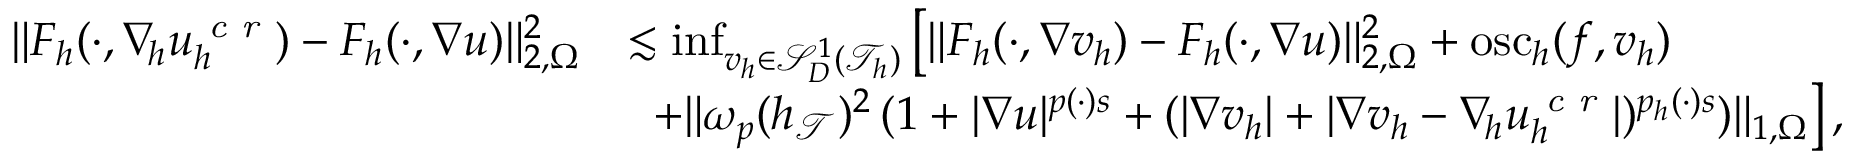
\begin{array} { r } { \begin{array} { r l } { \| F _ { h } ( \cdot , \nabla _ { \! h } u _ { h } ^ { \textit { c r } } ) - F _ { h } ( \cdot , \nabla u ) \| _ { 2 , \Omega } ^ { 2 } } & { \lesssim \operatorname* { i n f } _ { v _ { h } \in \mathcal { S } _ { D } ^ { 1 } ( \mathcal { T } _ { h } ) } { \big [ \| F _ { h } ( \cdot , \nabla v _ { h } ) - F _ { h } ( \cdot , \nabla u ) \| _ { 2 , \Omega } ^ { 2 } + \mathrm { o s c } _ { h } ( f , v _ { h } ) } } \\ & { \; \; + \| \omega _ { p } ( h _ { \mathcal { T } } ) ^ { 2 } \, ( 1 + \vert \nabla u \vert ^ { p ( \cdot ) s } + ( \vert \nabla v _ { h } \vert + \vert \nabla v _ { h } - \nabla _ { \! h } u _ { h } ^ { \textit { c r } } \vert ) ^ { p _ { h } ( \cdot ) s } ) \| _ { 1 , \Omega } \big ] \, , } \end{array} } \end{array}